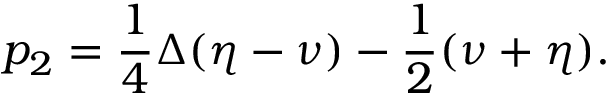
p _ { 2 } = \frac { 1 } { 4 } \Delta ( \eta - \nu ) - \frac { 1 } { 2 } ( \nu + \eta ) .